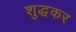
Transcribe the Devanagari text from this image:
शुद्धकर